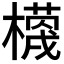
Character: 𭬗